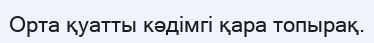
Орта қуатты кәдімгі қара топырақ.